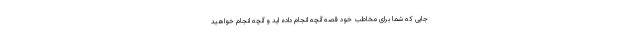
جایی که شما برای مخاطب خود قصه آنچه انجام داده اید و آنچه انجام خواهید